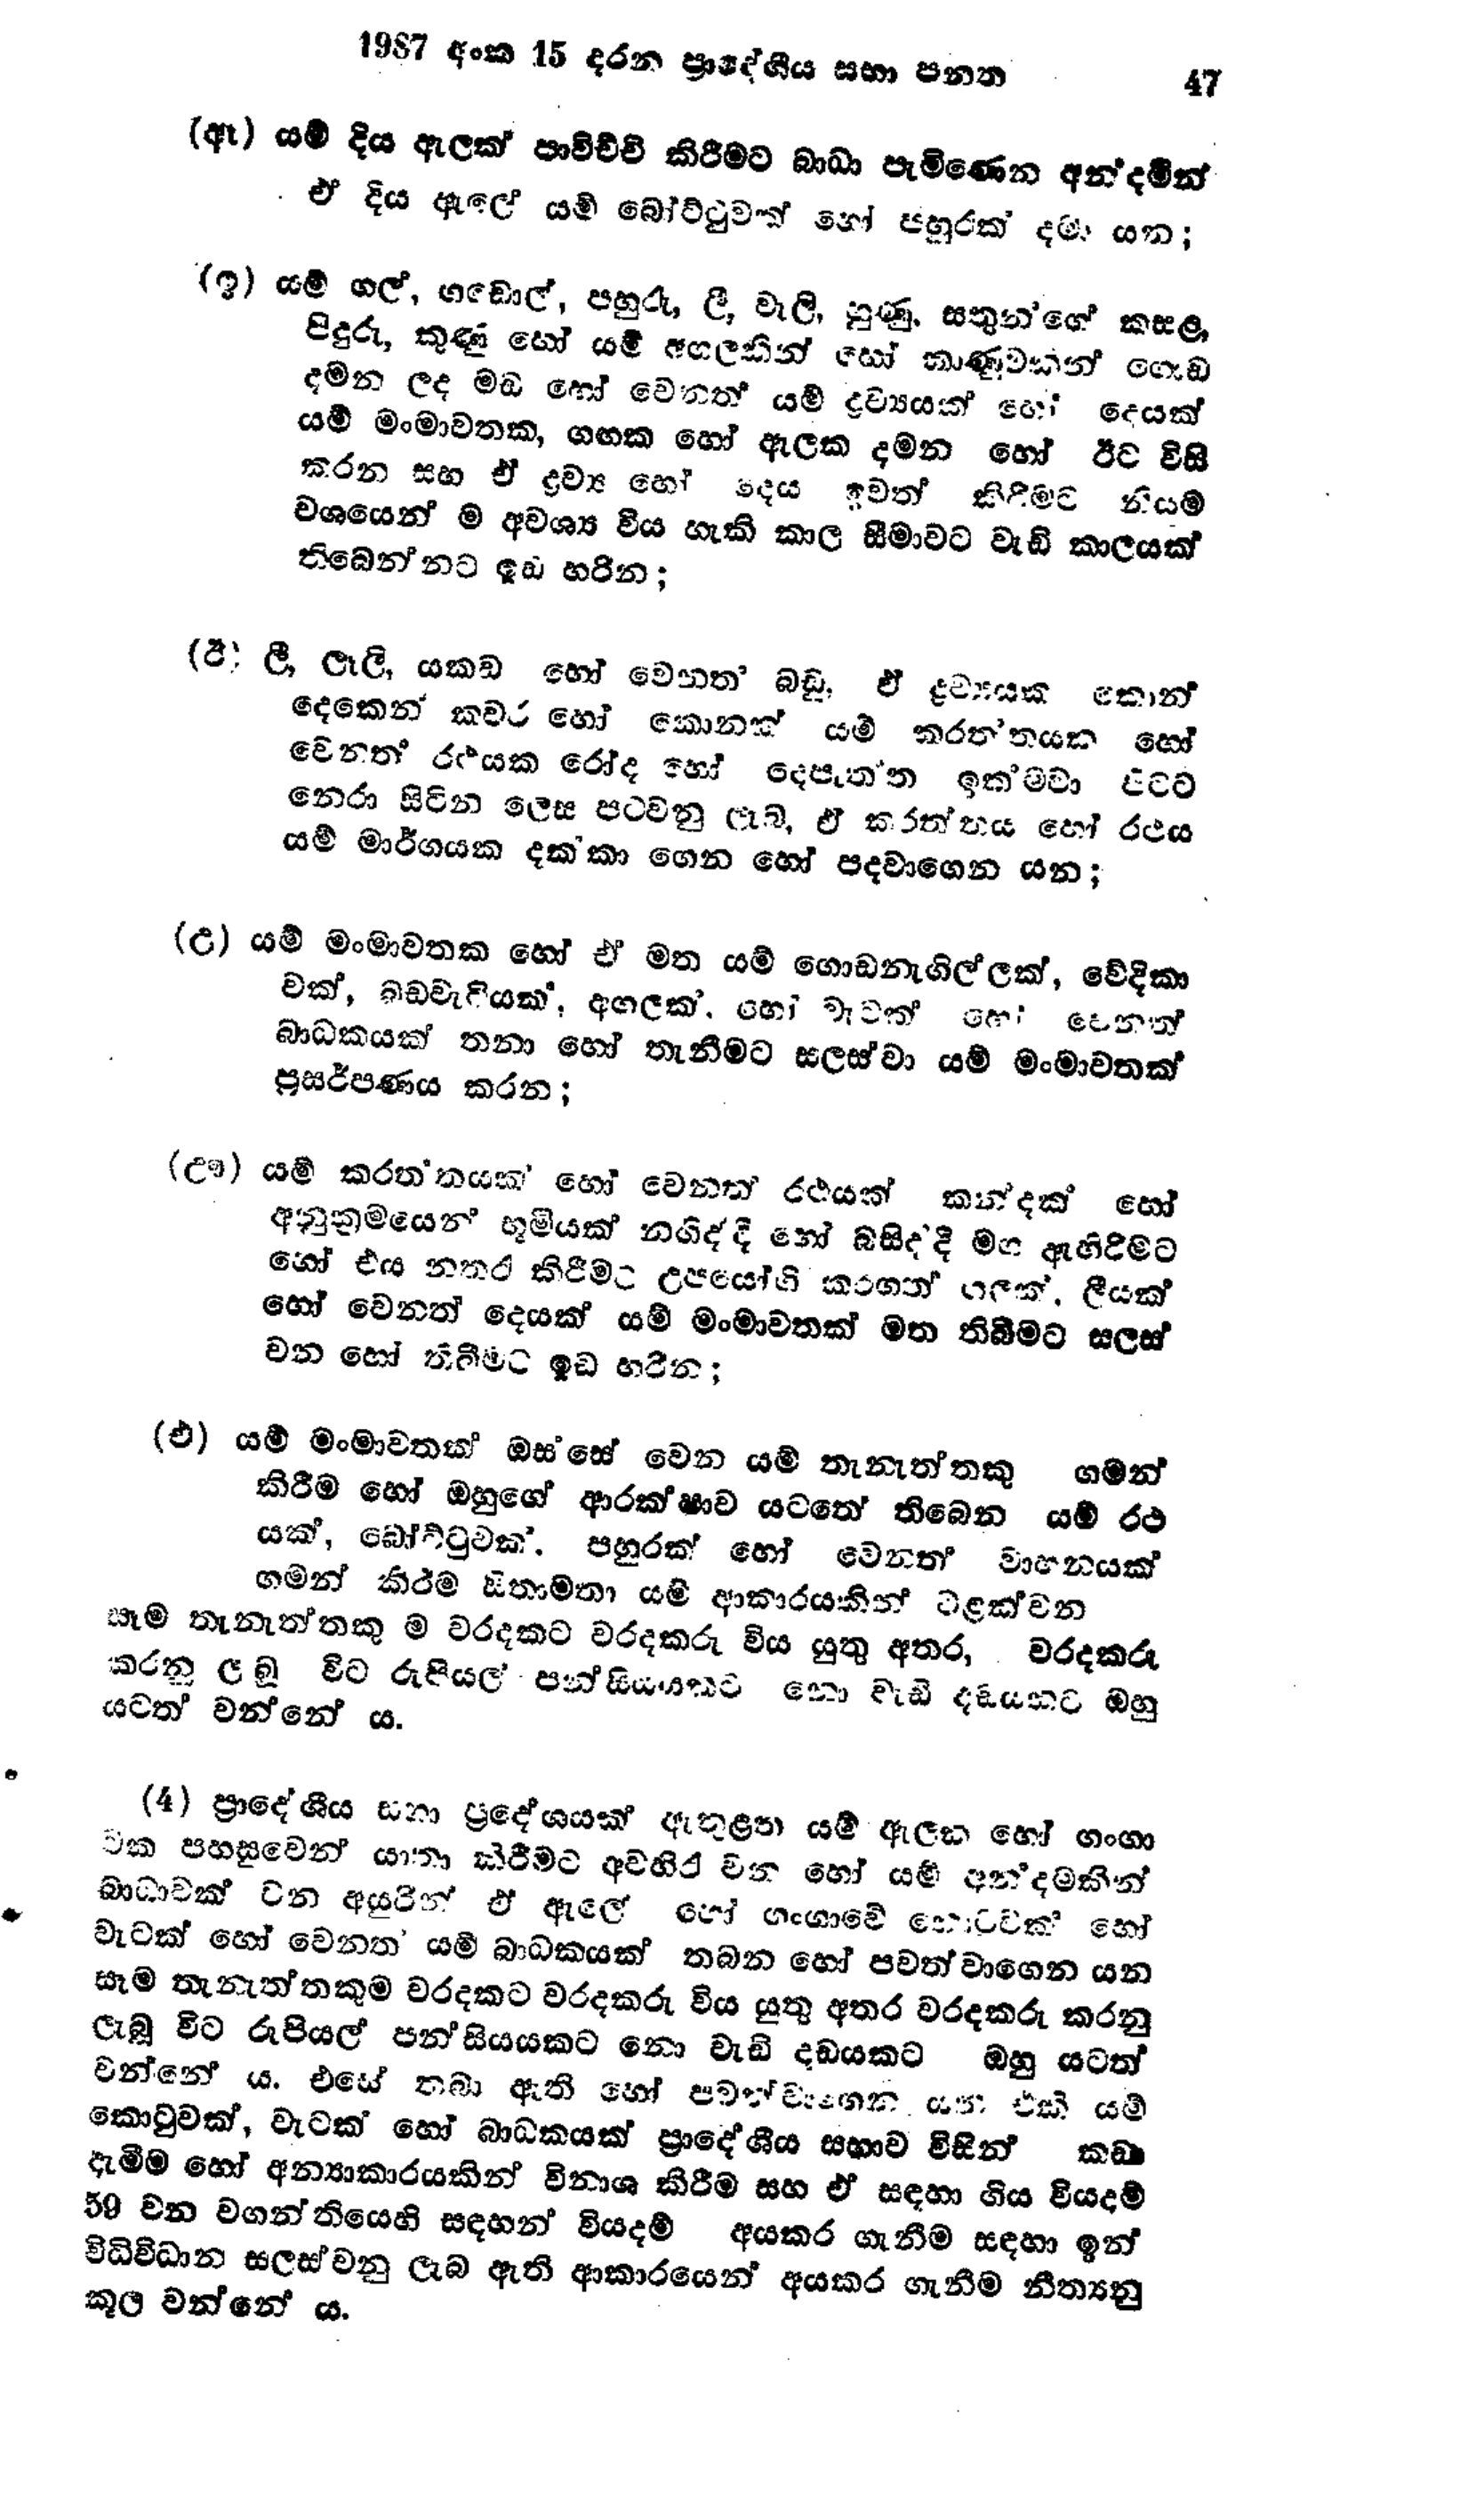
1987 අංක 15 දරන ප්‍රාදේශීය සභා පනත 47

(ඈ) යම් දිය ඇලක් පාවිච්චි කිරීමට බාධා පැමිණෙන අන්දමින්
ඒ දිය ඇලේ යම් බෝට්ටුවක් හෝ පහුරක් දමා යන;

(ඉ) යම් ගල්, ගඩොල්, පහුරෑ, ලී, වැලි, හුණු, සතුන්ගේ කසළ
පිදුරු, කුණු හෝ යම් අගලකින් හෝ කාණුවකින් ගොඩ
දමන ලද මඩ හෝ වෙනත් යම් ද්‍රව්‍යයක් හෝ දෙයක්
යම් මං මාවතක, ගඟක හෝ ඇලක දමන හෝ ඊට විසි
කරන සහ ඒ ද්‍රව්‍ය හෝ දෙය ඉවත් කිරීමට නියම
වශයෙන් ම අවශ්‍ය විය හැකි කාල සීමාවට වැඩි කාලයක්
තිබෙන්නට ඉඩ හරින;

(ඊ) ලී, ලෑලි, යකඩ හෝ වෙනත බඩු, ඒ ද්‍රව්‍යයක කොන්
දෙකෙන් කවර හෝ කොනක් යම් කරත්තයක හෝ
වෙනත් රථයක රෝද හෝ දෙපැත්ත ඉක්මවා පිටට
නෙරා සිටින ලෙස පටවනු ලැබ, ඒ කරත්තය හෝ රථය
යම් මාර්ගයක දක්කා ගෙන හෝ පදවාගෙන යන;

(උ) යම් මංමාවතක හෝ ඒ මත යම් ගොඩනැගිල්ලක්, වේදිකා
වක්, බඩවැටියක්, අගලක්, හෝ වැටක් හෝ වෙනත්
බාධකයක් තනා හෝ තැනීමට සලස්වා යම් මංමාවතක්
ප්‍රසර්පණය කරන;

(ඌ) යම් කරත්තයක් හෝ වෙනත් රථයක් ගමන්
අනුක්‍රමයෙන් භූමියක් නගිද් දී හෝ බසිද් දී මග ඇහිරීමට
හෝ එය නතර කිරීමට උපයෝගි කරගත් ගලක්. ලීයක්
හෝ වෙනත් දෙයක් යම් මංමාවතක්  මත තිබීමට සලස්
වන හෝ තිබීමට ඉඩ හරින;

(එ) යම් මංමාවතක් ඔස්සේ වෙන යම් තැනැත්තකු ගමන්
කිරීම හෝ ඔහුගේ ආරක්ෂාව යටතේ තිබෙන යම් රථ
යක්, බෝට්ටුවක්. පහුරක් හෝ වෙනත් වාහනයක්
ගමන් කිරීම සිතාමතා යම් ආකාරයකින් වළක්වන
සෑම තැනැත්තකු ම වරදකට වරදකරු විය යුතු අතර,වරදකරු
කරනු ලැබූ විට රුපියල පන්සියයකට නො වැඩි දඩයකට ඔහු
යටත් වන්නේ ය.

(4) ප්‍රාදේශීය සභා ප්‍රදේශයක් ඇතුළත යම් ඇලක හෝ ගංගා
වක පහසුවෙන් යානා කිරීමට අවහිර වන හෝ යම් අන්දමකින්
බාධාවක් වන අයුරින් ඒ ඇල්ලේ හෝ ගංගාවේ කොටුවක හෝ
වැටක් හෝ වෙනත් යම් බාධකයක් තබන හෝ පවත්වාගෙන යන
සෑම තැනැත්තකුම වරදකට වරදකරු විය යුතු අතර වරදකරු කරනු
ලැබූ විට රුපියල් පන්සියයකට නො වැඩි දඩයකට ඔහු යටත්
වන්නේ ය. එසේ තබා ඇති හෝ පවත්වාගෙන යන එකි යම්
කොටුවක්, වැටක් හෝ බාධකයක් ප්‍රාදේශීය සභාව විසින් කඩා
දැමීම හෝ අන්‍යාකාරයකින් විනාශ කිරීම සහ ඒ සඳහා ගිය වියදම්
59 වන වගන්තියෙහි සඳහන් වියදම් අයකර ගැනීම සඳහා ඉන්
විධිවිධාන සලස්වනු ලැබ ඇති ආකාරයෙන් අයකර ගැනීම නීත්‍යනු
කූල වන්නේ ය.